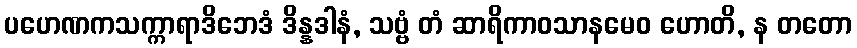
ပဟေဏကသက္ကာရာဒိဘေဒံ ဒိန္နဒါနံ, သဗ္ဗံ တံ ဆာရိကာဝသာနမေဝ ဟောတိ, န တတော